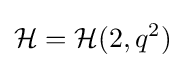
{\mathcal {H}}={\mathcal {H}}(2,q^{2})